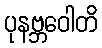
ပုနဗ္ဘဝေါတိ